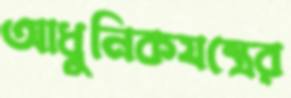
আধুনিকযন্ত্রের